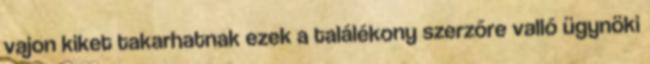
vajon kiket ta­karhatnak ezek a találékony szerzőre val­ló ügynöki